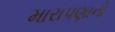
મારાપણાનો